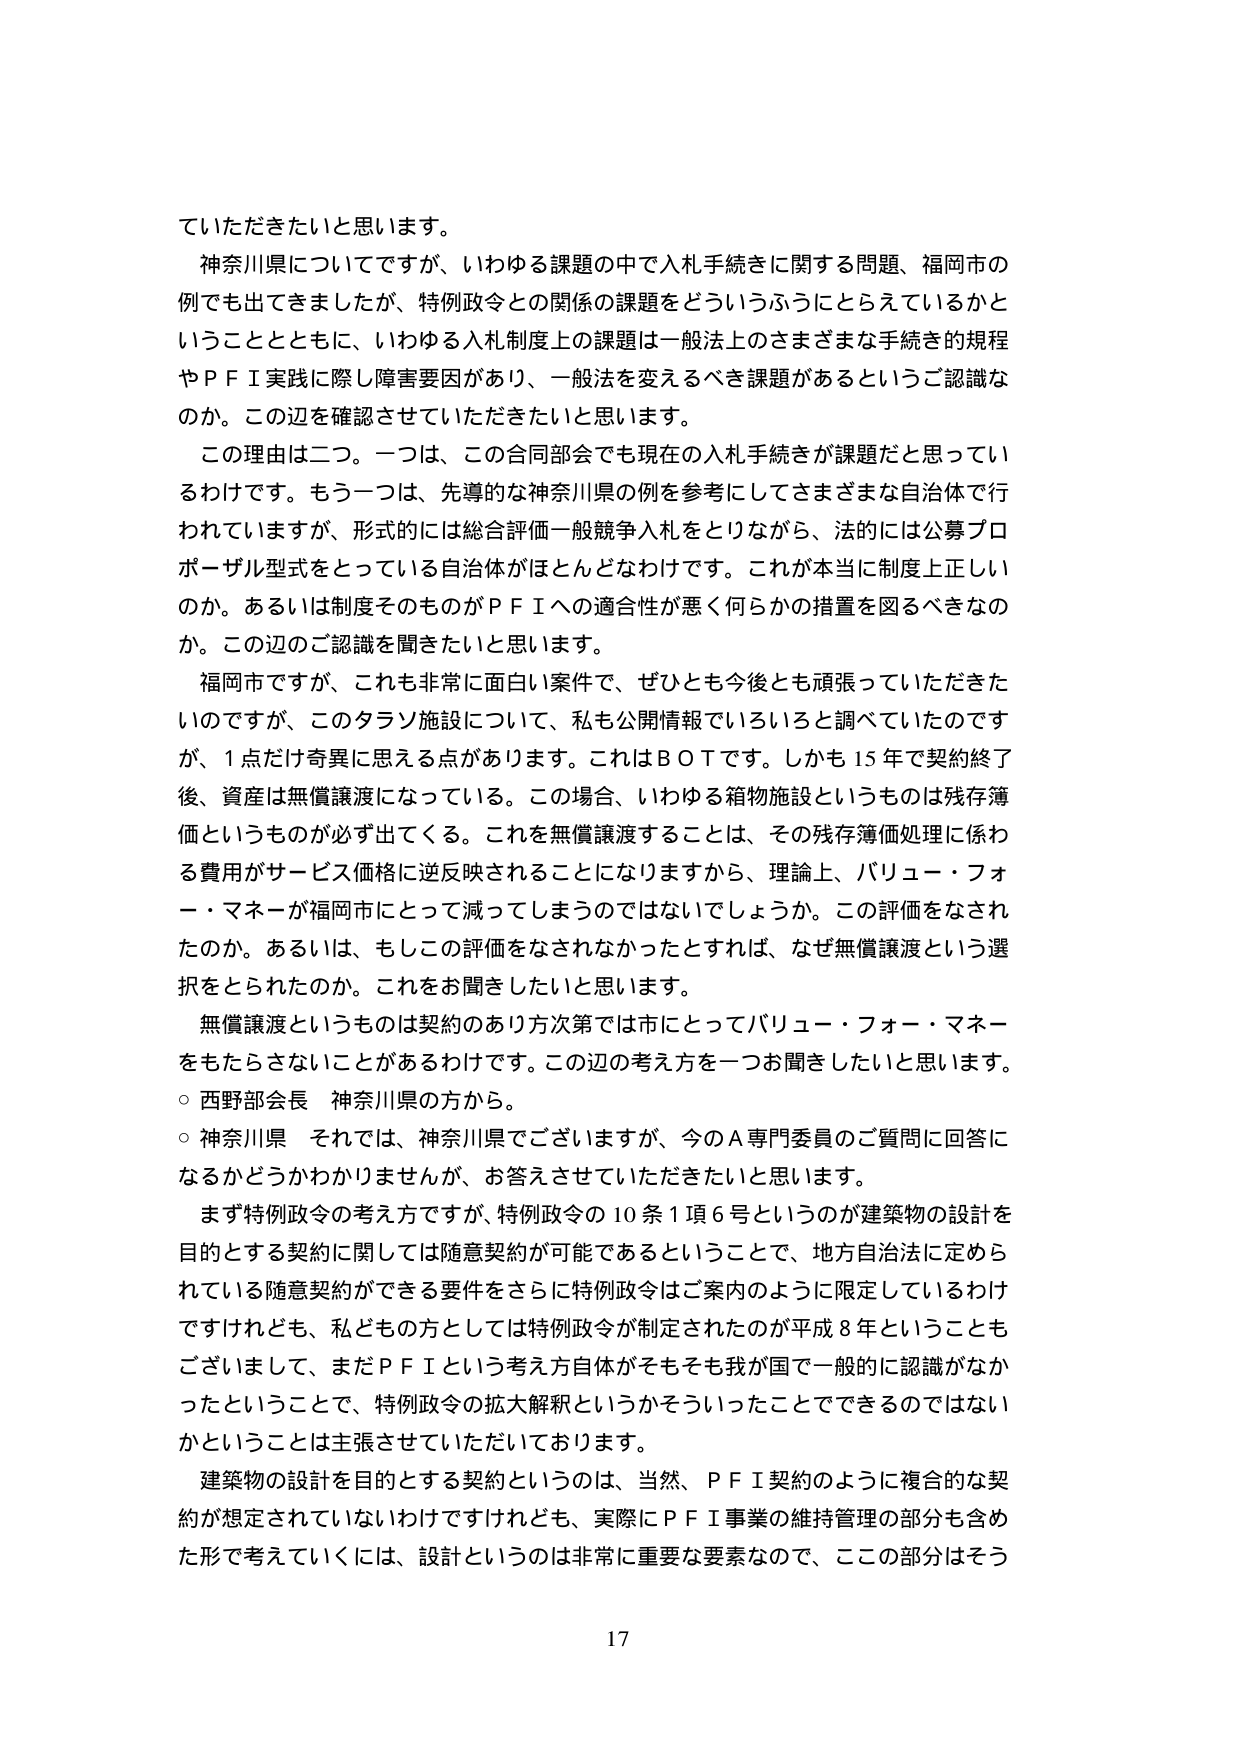
ていただきたいと思います。

神奈川県についてですが、いわゆる課題の中で入札手続きに関する問題、福岡市の例でも出てきましたが、特別政令との関係の課題をどういうふうにとらえているかということとともに、いわゆる入札制度上の課題は一般法上のさまざまな手続きの規程やＰＦＩ実践に際し障害要因があり、一般法を変えるべき課題があるというご認識なのか。この辺を確認させていただきたいと思います。

この理由は二つ。一つは、この合同部会でも現在の入札手続きが課題だと思っているわけです。もう一つは、先導的な神奈川県の例を参考にしてさまざまな自治体で行われていますが、形式的には総合評価一般競争入札をとりながら、法的には公募プロポーザル型式をとっている自治体がほとんどなわけです。これが本当に制度上正しいのか。あるいは制度そのものがＰＦＩへの適合性が悪く何らかの措置を図るべきなのか。この辺のご認識を聞きたいと思います。

福岡市ですが、これも非常に面白い案件で、ぜひとも今後とも頑張っていただきたいのですが、このタラソ施設について、私も公開情報でいろいろと調べていたのですが、1点だけ奇異に思える点があります。これはＢＯＴです。しかも15年で契約終了後、資産は無償譲渡になっている。この場合、いわゆる箱物施設というものは残存簿価というものが必ず出てくる。これを無償譲渡することは、その残存簿価処理に係わる費用がサービス価格に逆反映されることになりますから、理論上、バリュー・フォー・マネーが福岡市にとって減ってしまうのではないでしょうか。この評価をなされたのか。あるいは、もしこの評価をなされなかったとすれば、なぜ無償譲渡という選択をとられたのか。これをお聞きしたいと思います。

無償譲渡というものは契約のあり方次第では市にとってバリュー・フォー・マネーをもたらさないことがあるわけです。この辺の考え方を一つお聞きしたいと思います。

○ 西野部会長 神奈川県の方から。

○ 神奈川県 それでは、神奈川県でございますが、今のＡ専門委員のご質問に回答になるかどうかわかりませんが、お答えさせていただきたいと思います。

まず特別政令の考え方ですが、特別政令の10条1項6号というのが建築物の設計を目的とする契約に関しては随意契約が可能であるということで、地方自治法に定められている随意契約ができる要件をさらに特別政令はご案内のように限定しているわけですが、私どもの方としては特別政令が制定されたのが平成8年ということもございまして、まだＰＦＩという考え方自体がそもそも我が国で一般的に認識がなかったということで、特別政令の拡大解釈というかそういったことできるのではないかということは主張させていただいております。

建築物の設計を目的とする契約というのは、当然、ＰＦＩ契約のように複合的な契約が想定されていないわけですが、実際にＰＦＩ事業の維持管理の部分も含めた形で考えていくには、設計というのは非常に重要な要素なので、ここの部分はそう

17